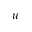
\boldsymbol { u }